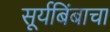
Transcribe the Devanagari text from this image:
सूर्यबिंबाचा